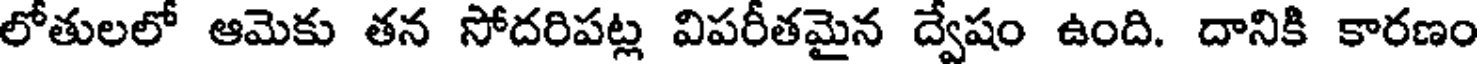
లోతులలో ఆమెకు తన సోదరిపట్ల విపరీతమైన ద్వేషం ఉంది. దానికి కారణం